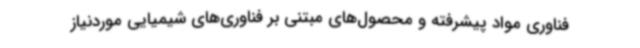
فناوری مواد پیشرفته و محصول‌های مبتنی بر فناوری‌های شیمیایی موردنیاز